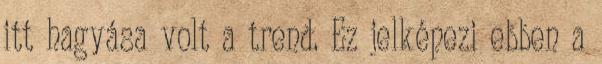
itt hagyása volt a trend. Ez jelképezi ebben a